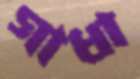
গাধা